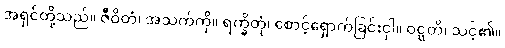
အရှင်တို့သည်။ ဇီဝိတံ၊ အသက်ကို။ ရက္ခိတုံ၊ စောင့်ရှောက်ခြင်းငှါ။ ဝဋ္ဋတိ၊ သင့်၏။